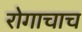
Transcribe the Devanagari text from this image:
रोगाचाच